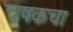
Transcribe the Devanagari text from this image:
चषकचा